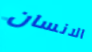
الانسان